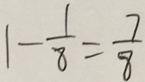
1 - \frac { 1 } { 8 } = \frac { 7 } { 8 }